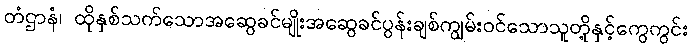
တံဌာနံ၊ ထိုနှစ်သက်သောအဆွေခင်မျိုးအဆွေခင်ပွန်းချစ်ကျွမ်းဝင်သောသူတို့နှင့်ကွေကွင်း